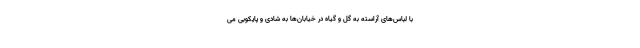
با لباس‌های آراسته به گل و گیاه در خیابان‌ها به شادی و پایکوبی می